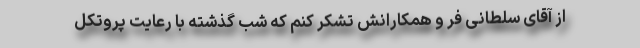
از آقای سلطانی فر و همکارانش تشکر کنم که شب گذشته با رعایت پروتکل